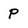
Character: P